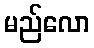
မည်လော